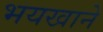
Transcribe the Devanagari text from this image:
भयखाने